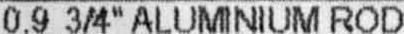
0.9 3/4" ALUMINIUM ROD